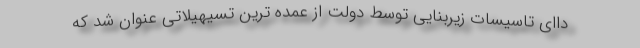
داای تاسیسات زیربنایی توسط دولت از عمده ترین تسیهیلاتی عنوان شد که